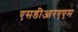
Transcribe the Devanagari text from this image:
एसडीआरएएम